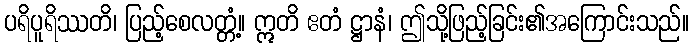
ပရိပူရိဿတိ၊ ပြည့်စေလတ္တံ့။ ဣတိ ဧတံ ဋ္ဌာနံ၊ ဤသို့ဖြည့်ခြင်း၏အကြောင်းသည်။